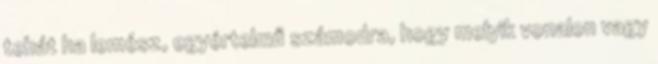
tehát ha lemész, egyértelmű számodra, hogy melyik vonalon vagy